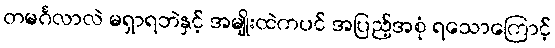
တမင်္ဂလာလဲ မရှာရဘဲနှင့် အမျိုးထဲကပင် အပြည့်အစုံ ရသောကြောင့်